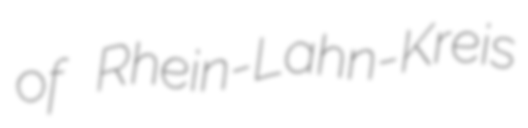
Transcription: of Rhein-Lahn-Kreis